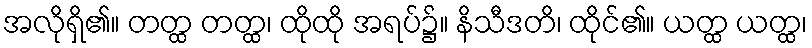
အလိုရှိ၏။ တတ္ထ တတ္ထ၊ ထိုထို အရပ်၌။ နိသီဒတိ၊ ထိုင်၏။ ယတ္ထ ယတ္ထ၊